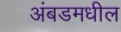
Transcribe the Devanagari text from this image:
अंबडमधील